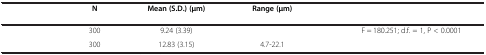
<table><thead><tr><td>[EMPTY_CELL]</td><td><b>N</b></td><td><b>Mean (S.D.) (μm)</b></td><td><b>Range (μm)</b></td><td>[EMPTY_CELL]</td></tr></thead><tbody><tr><td>[EMPTY_CELL]</td><td>300</td><td>9.24 (3.39)</td><td>[EMPTY_CELL]</td><td>F = 180.251; d.f. = 1, P &lt; 0.0001</td></tr><tr><td>[EMPTY_CELL]</td><td>300</td><td>12.83 (3.15)</td><td>4.7-22.1</td><td>[EMPTY_CELL]</td></tr></tbody></table>